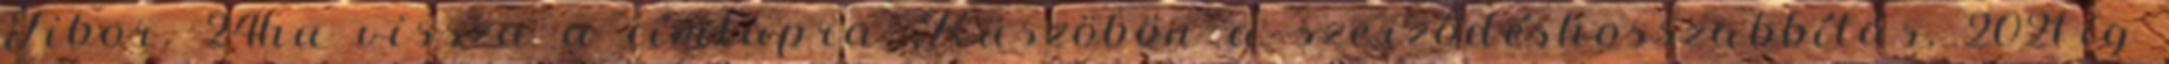
Tibor. 24hu vissza a címlapra Küszöbön a szerződéshosszabbítás, 2021-ig